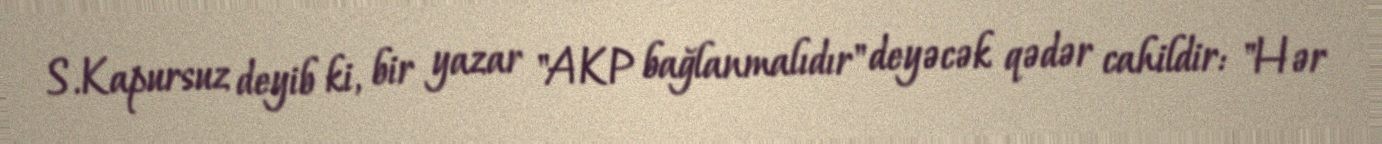
S.Kapursuz deyib ki, bir yazar "AKP bağlanmalıdır" deyəcək qədər cahildir: "Hər